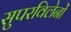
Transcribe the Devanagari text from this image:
सुपरविलेनों